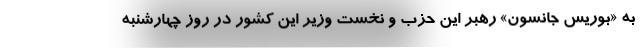
به «بوریس جانسون» رهبر این حزب و نخست وزیر این کشور در روز چهارشنبه